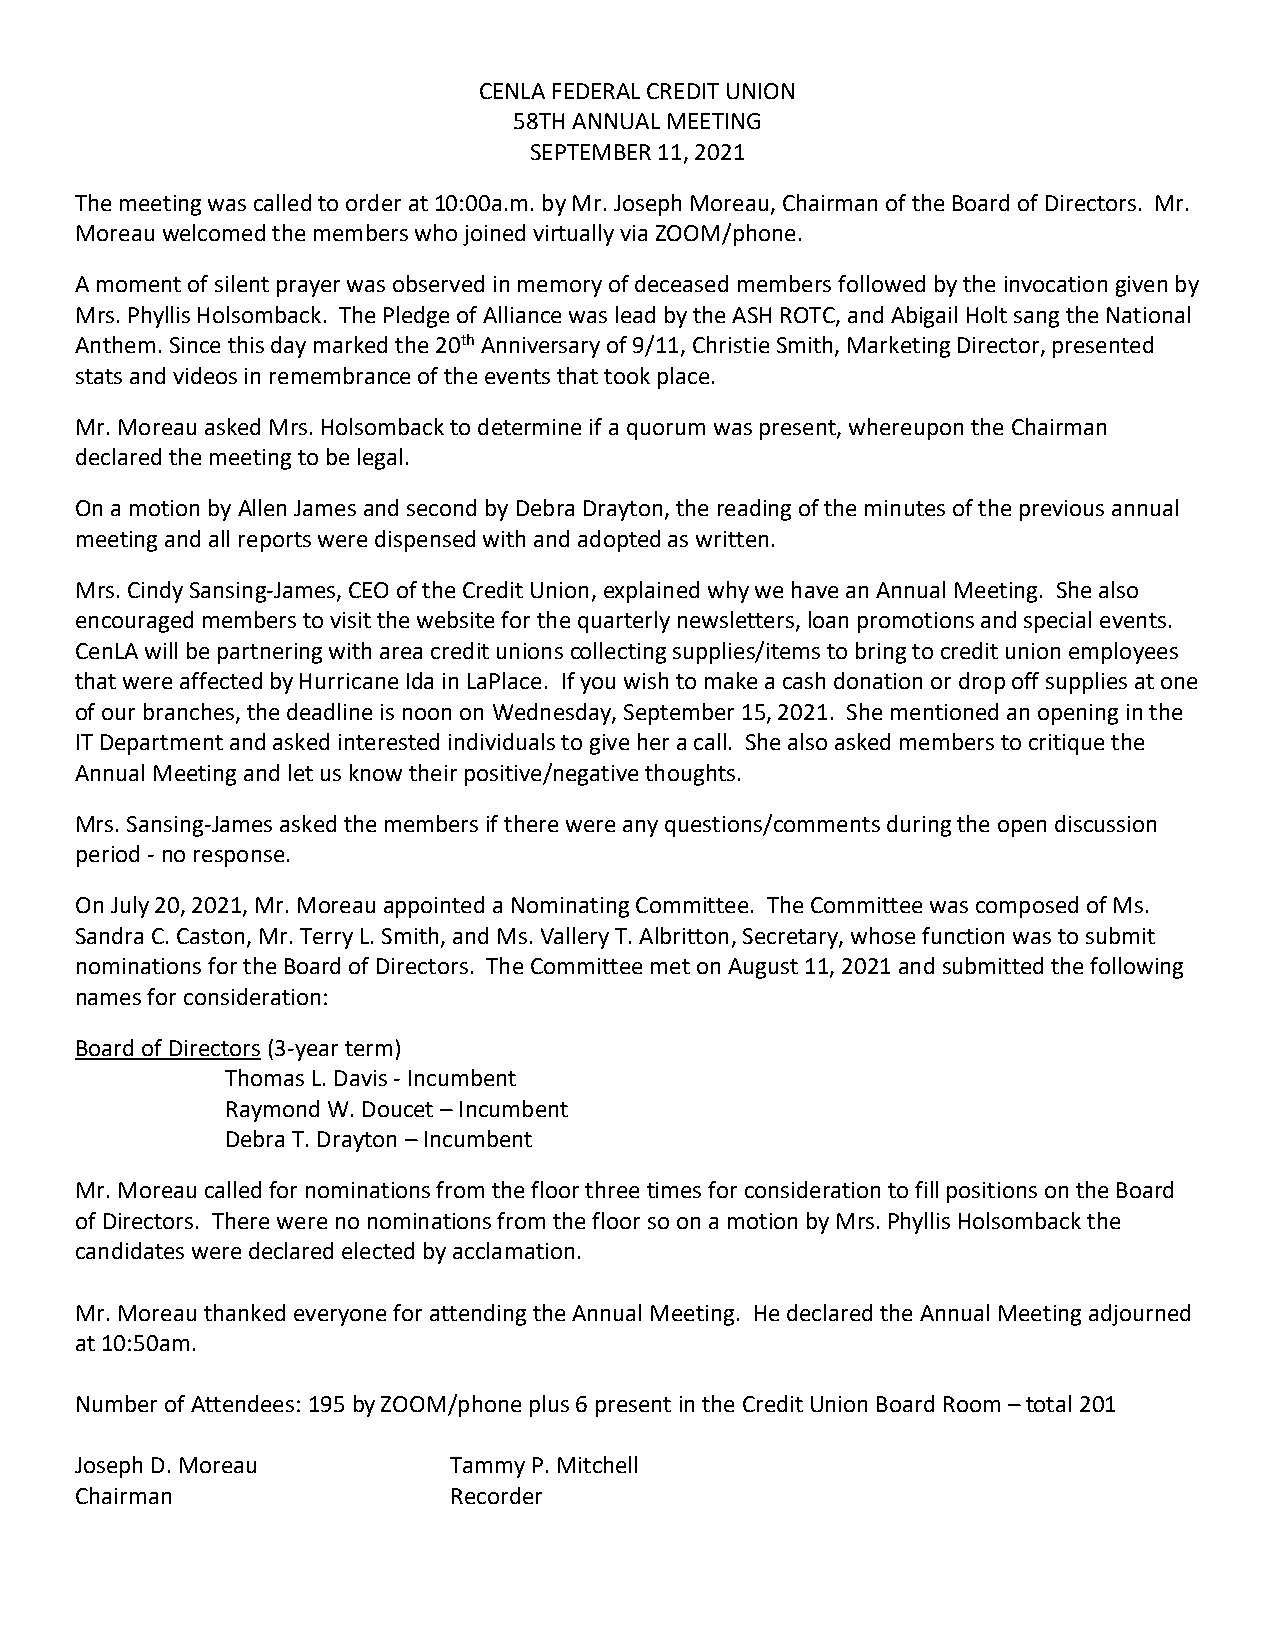
CENLA FEDERAL CREDIT UNION
 58TH ANNUAL MEETING
 SEPTEMBER 11, 2021
 The meeting was called to order at 10:00a.m. by Mr. Joseph Moreau, Chairman of the Board of Directors. Mr.
 Moreau welcomed the members who joined virtually via ZOOM/phone.
 A moment of silent prayer was observed in memory of deceased members followed by the invocation given by
 Mrs. Phyllis Holsomback. The Pledge of Alliance was lead by the ASH ROTC, and Abigail Holt sang the National
 Anthem. Since this day marked the 20th Anniversary of 9/11, Christie Smith, Marketing Director, presented
 stats and videos in remembrance of the events that took place.
 Mr. Moreau asked Mrs. Holsomback to determine if a quorum was present, whereupon the Chairman
 declared the meeting to be legal.
 On a motion by Allen James and second by Debra Drayton, the reading of the minutes of the previous annual
 meeting and all reports were dispensed with and adopted as written.
 Mrs. Cindy Sansing-James, CEO of the Credit Union, explained why we have an Annual Meeting. She also
 encouraged members to visit the website for the quarterly newsletters, loan promotions and special events.
 CenLA will be partnering with area credit unions collecting supplies/items to bring to credit union employees
 that were affected by Hurricane Ida in LaPlace. If you wish to make a cash donation or drop off supplies at one
 of our branches, the deadline is noon on Wednesday, September 15, 2021. She mentioned an opening in the
 IT Department and asked interested individuals to give her a call. She also asked members to critique the
 Annual Meeting and let us know their positive/negative thoughts.
 Mrs. Sansing-James asked the members if there were any questions/comments during the open discussion
 period - no response.
 On July 20, 2021, Mr. Moreau appointed a Nominating Committee. The Committee was composed of Ms.
 Sandra C. Caston, Mr. Terry L. Smith, and Ms. Vallery T. Albritton, Secretary, whose function was to submit
 nominations for the Board of Directors. The Committee met on August 11, 2021 and submitted the following
 names for consideration:
 Board of Directors (3-year term)
 Thomas L. Davis - Incumbent
 Raymond W. Doucet – Incumbent
 Debra T. Drayton – Incumbent
 Mr. Moreau called for nominations from the floor three times for consideration to fill positions on the Board
 of Directors. There were no nominations from the floor so on a motion by Mrs. Phyllis Holsomback the
 candidates were declared elected by acclamation.
 Mr. Moreau thanked everyone for attending the Annual Meeting. He declared the Annual Meeting adjourned
 at 10:50am.
 Number of Attendees: 195 by ZOOM/phone plus 6 present in the Credit Union Board Room – total 201
 Joseph D. Moreau         Tammy P. Mitchell
 Chairman                 Recorder